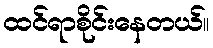
ထင်ရာစိုင်းနေတယ်။